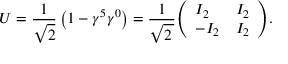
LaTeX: U = { \frac { 1 } { \sqrt { 2 } } } \left( 1 - \gamma ^ { 5 } \gamma ^ { 0 } \right) = { \frac { 1 } { \sqrt { 2 \, } } } { \left( \begin{array} { l l } { I _ { 2 } } & { I _ { 2 } } \\ { - I _ { 2 } } & { I _ { 2 } } \end{array} \right) } .